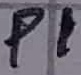
Text: P1